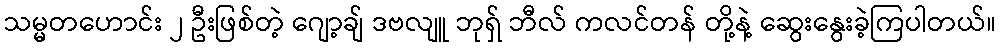
သမ္မတဟောင်း ၂ ဦးဖြစ်တဲ့ ဂျော့ချ် ဒဗလျူ ဘုရှ် ဘီလ် ကလင်တန် တို့နဲ့ ဆွေးနွေးခဲ့ကြပါတယ်။